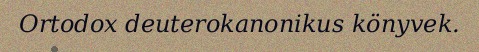
Ortodox deuterokanonikus könyvek.